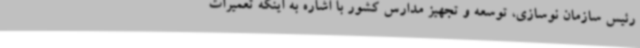
رئیس سازمان نوسازی، توسعه و تجهیز مدارس کشور با اشاره به اینکه تعمیرات